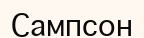
Сампсон